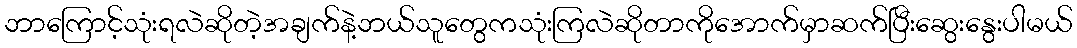
ဘာကြောင့်သုံးရလဲဆိုတဲ့အချက်နဲ့ဘယ်သူတွေကသုံးကြလဲဆိုတာကိုအောက်မှာဆက်ပြီးဆွေးနွေးပါမယ်